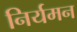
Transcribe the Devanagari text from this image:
निर्यमन